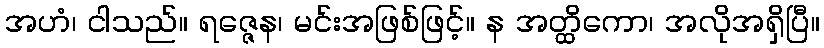
အဟံ၊ ငါသည်။ ရဇ္ဇေန၊ မင်းအဖြစ်ဖြင့်။ န အတ္ထိကော၊ အလိုအရှိပြီ။